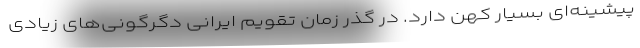
پیشینه‌ای بسیار کهن دارد. در گذر زمان تقویم ایرانی دگرگونی‌های زیادی